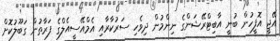
އޭޖީ އޮފީހުން ބުނީ އާބިޓްރޭޝަންގެ ނިންމުން ދިވެހި ސަރުކާރާއި އެމްއޭސީއެލްގެ ފަރާތުން ގަބޫލުކޮށް